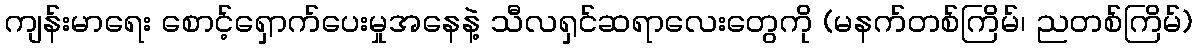
ကျန်းမာရေး စောင့်ရှောက်ပေးမှုအနေနဲ့ သီလရှင်ဆရာလေးတွေကို (မနက်တစ်ကြိမ်၊ ညတစ်ကြိမ်)